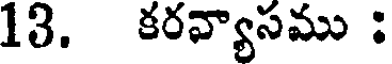
13. కరవ్యాసము :